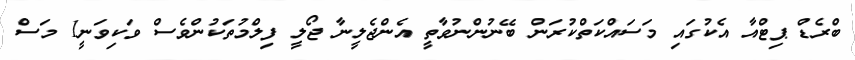
ބްރެޑް ޕިޓްއާ އެކުގައި މަސައްކަތްކުރަން ބޭނުންނުވާތީ އެންޖެލީނާ ޖޯލީ ފިލްމުތަކުންވެސް ވަކިވަނީ1 މަސް